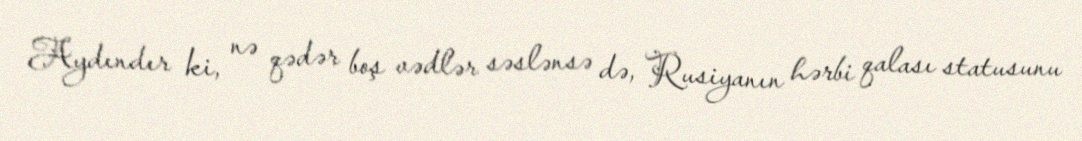
Aydındır ki, nə qədər boş vədlər səslənsə də, Rusiyanın hərbi qalası statusunu